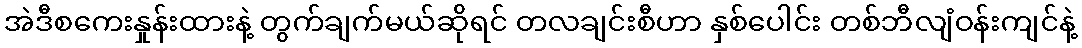
အဲဒီစကေးနှုန်းထားနဲ့ တွက်ချက်မယ်ဆိုရင် တလချင်းစီဟာ နှစ်ပေါင်း တစ်ဘီလျံဝန်းကျင်နဲ့